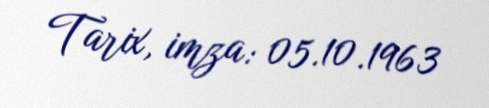
Tarix, imza: 05.10.1963